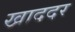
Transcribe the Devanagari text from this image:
खाददर